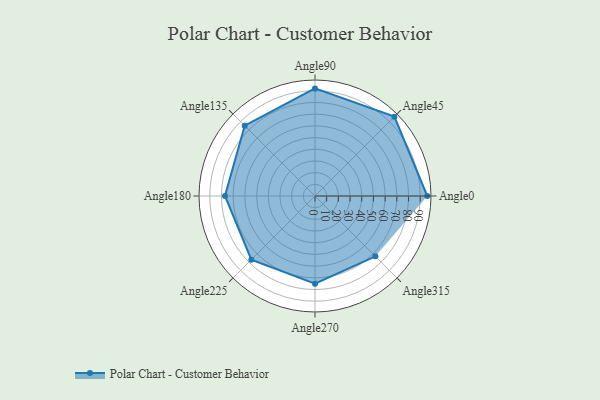
{"axis": {"x": "Angle", "y": "Radius"}, "legend": [""], "data": [{"x": "Angle0", "y": 96.0, "type": ""}, {"x": "Angle45", "y": 96.0, "type": ""}, {"x": "Angle90", "y": 92.0, "type": ""}, {"x": "Angle135", "y": 85.0, "type": ""}, {"x": "Angle180", "y": 77.0, "type": ""}, {"x": "Angle225", "y": 77.0, "type": ""}, {"x": "Angle270", "y": 75.0, "type": ""}, {"x": "Angle315", "y": 73.0, "type": ""}]}